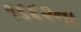
૧૬૬૨ના